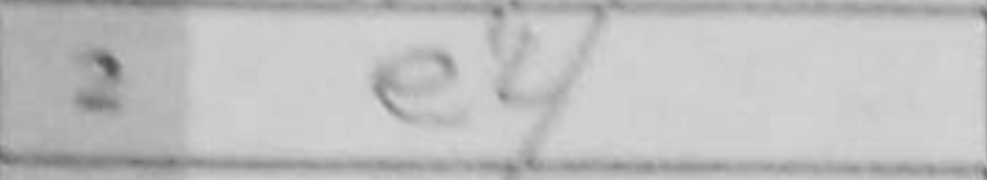
Transcription: e4